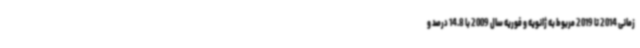
زمانی 2014 تا 2019 مربوط به ژانویه و فوریه سال 2009 با 14.8 درصد و